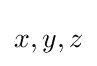
x,y,z